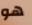
هو